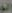
الو